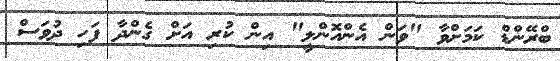
ބްރޭންޑް ކަމަށްވާ "ވަން އެންއޮންލީ" އިން ކުރި އަށް ގެންދާ ފަހި ދުވަސް